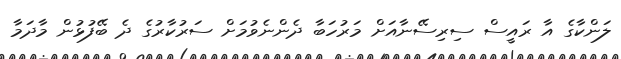
ލަންކާގެ އާ ރައީސް ސިރިސޭނާއަށް މަރުހަބާ ދެންނެވުމަށް ސަރުކާރުގެ ދެ ބޭފުޅުން މާދަމާ